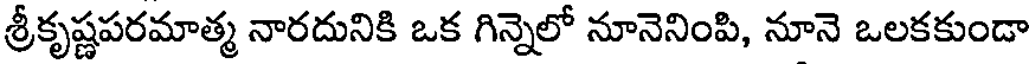
శ్రీకృష్ణపరమాత్మ నారదునికి ఒక గిన్నెలో నూనెనింపి, నూనె ఒలకకుండా